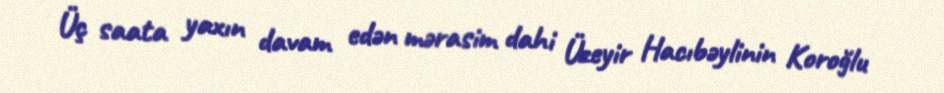
Üç saata yaxın davam edən mərasim dahi Üzeyir Hacıbəylinin Koroğlu